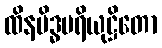
ထိနမိဒ္ဓပရိယုဋ္ဌိတော